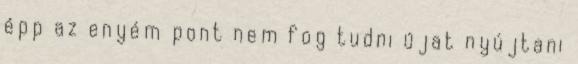
épp az enyém pont nem fog tudni újat nyújtani